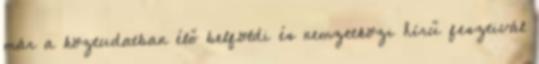
már a köztudatban élő belföldi és nemzetközi hírű fesztivál